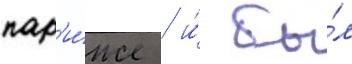
пар'и́же / и́ бы́л